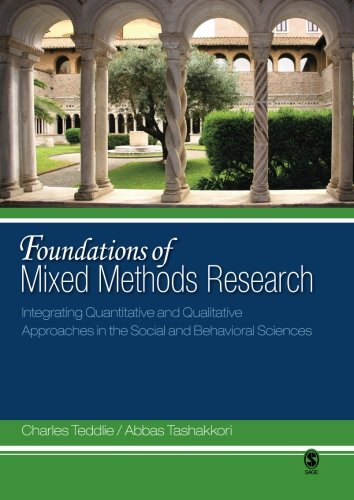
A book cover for Foundations of Mixed Methods Research: Integrating Quantitative and Qualitative Approaches in the Social and Behavioral Sciences; Charles Teddlie; Medical Books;